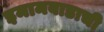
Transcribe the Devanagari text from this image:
इमामबाडाची